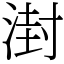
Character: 湗